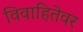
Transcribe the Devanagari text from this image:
विवाहितेवर